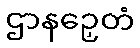
ဌာနဉှေတံ